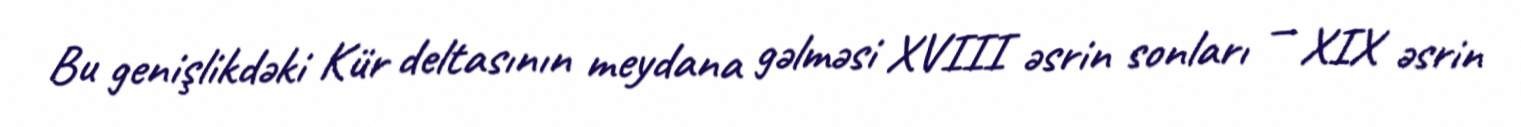
Bu genişlikdəki Kür deltasının meydana gəlməsi XVIII əsrin sonları — XIX əsrin